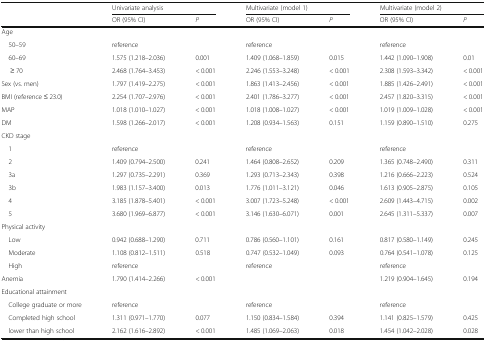
<table><thead><tr><td rowspan="2"></td><td colspan="2"><b>Univariate analysis</b></td><td colspan="2"><b>Multivariate (model 1)</b></td><td colspan="2"><b>Multivariate (model 2)</b></td></tr><tr><td><b>OR (95% CI)</b></td><td><b><i>P</i></b></td><td><b>OR (95% CI)</b></td><td><b><i>P</i></b></td><td><b>OR (95% CI)</b></td><td><b><i>P</i></b></td></tr></thead><tbody><tr><td colspan="7">Age</td></tr><tr><td> 50–59</td><td colspan="2">reference</td><td colspan="2">reference</td><td>reference</td><td></td></tr><tr><td> 60–69</td><td>1.575 (1.218–2.036)</td><td>0.001</td><td>1.409 (1.068–1.859)</td><td>0.015</td><td>1.442 (1.090–1.908)</td><td>0.01</td></tr><tr><td>≥ 70</td><td>2.468 (1.764–3.453)</td><td>&lt; 0.001</td><td>2.246 (1.553–3.248)</td><td>&lt; 0.001</td><td>2.308 (1.593–3.342)</td><td>&lt; 0.001</td></tr><tr><td>Sex (vs. men)</td><td>1.797 (1.419–2.275)</td><td>&lt; 0.001</td><td>1.863 (1.413–2.456)</td><td>&lt; 0.001</td><td>1.885 (1.426–2.491)</td><td>&lt; 0.001</td></tr><tr><td>BMI (reference ≤ 23.0)</td><td>2.254 (1.707–2.976)</td><td>&lt; 0.001</td><td>2.401 (1.786–3.277)</td><td>&lt; 0.001</td><td>2.457 (1.820–3.315)</td><td>&lt; 0.001</td></tr><tr><td>MAP</td><td>1.018 (1.010–1.027)</td><td>&lt; 0.001</td><td>1.018 (1.008–1.027)</td><td>&lt; 0.001</td><td>1.019 (1.009–1.028)</td><td>&lt; 0.001</td></tr><tr><td>DM</td><td>1.598 (1.266–2.017)</td><td>&lt; 0.001</td><td>1.208 (0.934–1.563)</td><td>0.151</td><td>1.159 (0.890–1.510)</td><td>0.275</td></tr><tr><td colspan="7">CKD stage</td></tr><tr><td> 1</td><td colspan="2">reference</td><td colspan="2">reference</td><td>reference</td><td></td></tr><tr><td> 2</td><td>1.409 (0.794–2.500)</td><td>0.241</td><td>1.464 (0.808–2.652)</td><td>0.209</td><td>1.365 (0.748–2.490)</td><td>0.311</td></tr><tr><td> 3a</td><td>1.297 (0.735–2.291)</td><td>0.369</td><td>1.293 (0.713–2.343)</td><td>0.398</td><td>1.216 (0.666–2.223)</td><td>0.524</td></tr><tr><td> 3b</td><td>1.983 (1.157–3.400)</td><td>0.013</td><td>1.776 (1.011–3.121)</td><td>0.046</td><td>1.613 (0.905–2.875)</td><td>0.105</td></tr><tr><td> 4</td><td>3.185 (1.878–5.401)</td><td>&lt; 0.001</td><td>3.007 (1.723–5.248)</td><td>&lt; 0.001</td><td>2.609 (1.443–4.715)</td><td>0.002</td></tr><tr><td> 5</td><td>3.680 (1.969–6.877)</td><td>&lt; 0.001</td><td>3.146 (1.630–6.071)</td><td>0.001</td><td>2.645 (1.311–5.337)</td><td>0.007</td></tr><tr><td colspan="7">Physical activity</td></tr><tr><td> Low</td><td>0.942 (0.688–1.290)</td><td>0.711</td><td>0.786 (0.560–1.101)</td><td>0.161</td><td>0.817 (0.580–1.149)</td><td>0.245</td></tr><tr><td> Moderate</td><td>1.108 (0.812–1.511)</td><td>0.518</td><td>0.747 (0.532–1.049)</td><td>0.093</td><td>0.764 (0.541–1.078)</td><td>0.125</td></tr><tr><td> High</td><td colspan="2">reference</td><td colspan="2">reference</td><td>reference</td><td></td></tr><tr><td>Anemia</td><td>1.790 (1.414–2.266)</td><td>&lt; 0.001</td><td></td><td></td><td>1.219 (0.904–1.645)</td><td>0.194</td></tr><tr><td colspan="7">Educational attainment</td></tr><tr><td> College graduate or more</td><td colspan="2">reference</td><td colspan="2">reference</td><td>reference</td><td></td></tr><tr><td> Completed high school</td><td>1.311 (0.971–1.770)</td><td>0.077</td><td>1.150 (0.834–1.584)</td><td>0.394</td><td>1.141 (0.825–1.579)</td><td>0.425</td></tr><tr><td> lower than high school</td><td>2.162 (1.616–2.892)</td><td>&lt; 0.001</td><td>1.485 (1.069–2.063)</td><td>0.018</td><td>1.454 (1.042–2.028)</td><td>0.028</td></tr></tbody></table>